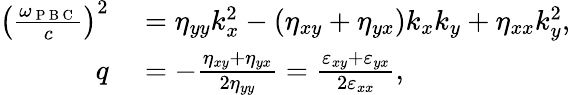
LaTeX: \begin{array}{rl}{\left(\frac{\omega_{\mathrm{~P~B~C~}}}{c}\right)^{2}}&{{}=\eta_{yy}k_{x}^{2}-\left(\eta_{xy}+\eta_{yx}\right)k_{x}k_{y}+\eta_{xx}k_{y}^{2},}\\ {q}&{{}=-\frac{\eta_{xy}+\eta_{yx}}{2\eta_{yy}}=\frac{\varepsilon_{xy}+\varepsilon_{yx}}{2\varepsilon_{xx}},}\end{array}